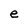
Character: e